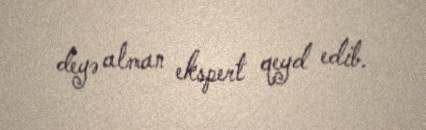
deyə alman ekspert qeyd edib.